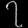
Digit: ၇